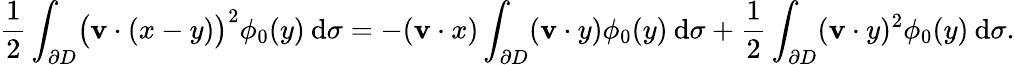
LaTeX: \frac{1}{2}\int_{\partial D}\bigl(\mathbf{v}\cdot(x-y)\bigr)^{2}\phi_{0}(y)\: \mathrm{d}\sigma=-(\mathbf{v}\cdot x)\int_{\partial D}(\mathbf{v}\cdot y)\phi_{0}(y)\: \mathrm{d}\sigma+\frac{1}{2}\int_{\partial D}(\mathbf{v}\cdot y)^{2}\phi_{0}(y)\: \mathrm{d}\sigma.